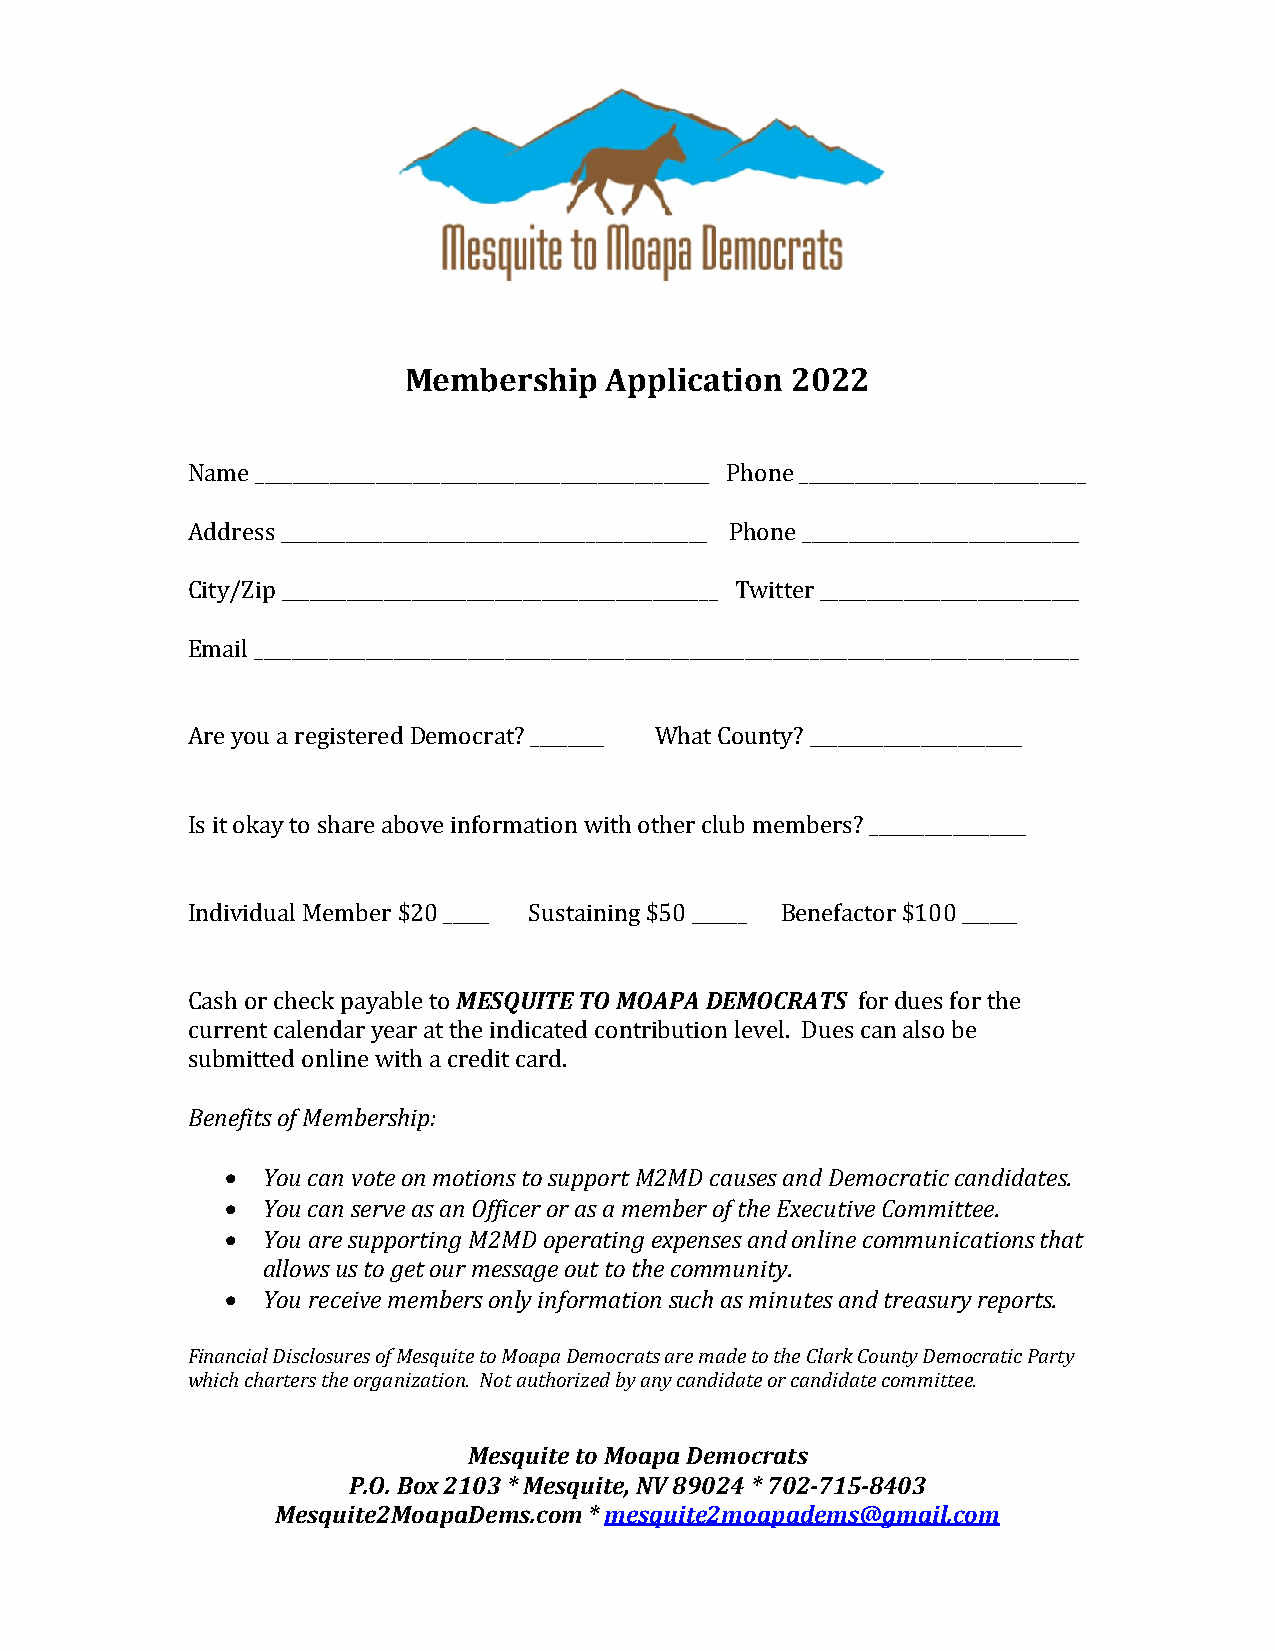
Membership   Application 2022
 Name _________________________________________________ Phone _______________________________
 Address ______________________________________________ Phone ______________________________
 City/Zip _______________________________________________ Twitter ____________________________
 Email _________________________________________________________________________________________
 Are you a registered Democrat? ________ What County? _______________________
 Is it okay to share above information with other club members? _________________
 Individual Member $20 _____ Sustaining $50 ______ Benefactor $100 ______
 Cash or check payable to MESQUITE TO MOAPA DEMOCRATS for dues for the
 current calendar year at the indicated contribution level. Dues can also be
 submitted online with a credit card.
 Benefits of Membership:
 • You can vote on motions to support M2MD causes and Democratic candidates.
 • You can serve as an Officer or as a member of the Executive Committee.
 • You are supporting M2MD operating expenses and online communications that
 allows us to get our message out to the community.
 • You receive members only information such as minutes and treasury reports.
 Financial Disclosures of Mesquite to Moapa Democrats are made to the Clark County Democratic Party
 which charters the organization. Not authorized by any candidate or candidate committee.
 Mesquite to Moapa Democrats
 P.O. Box 2103 * Mesquite, NV 89024 * 702-715-8403
 Mesquite2MoapaDems.com * mesquite2moapadems@gmail.com